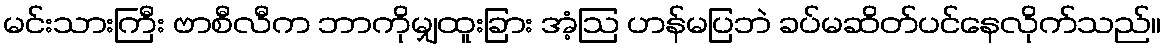
မင်းသားကြီး ဗာစီလီက ဘာကိုမျှထူးခြား အံ့ဩ ဟန်မပြဘဲ ခပ်မဆိတ်ပင်နေလိုက်သည်။